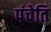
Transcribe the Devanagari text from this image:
पंचेति